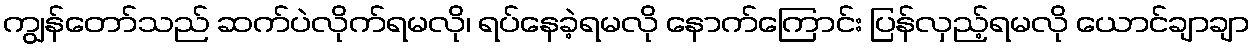
ကျွန်တော်သည် ဆက်ပဲလိုက်ရမလို၊ ရပ်နေခဲ့ရမလို နောက်ကြောင်း ပြန်လှည့်ရမလို ယောင်ချာချာ